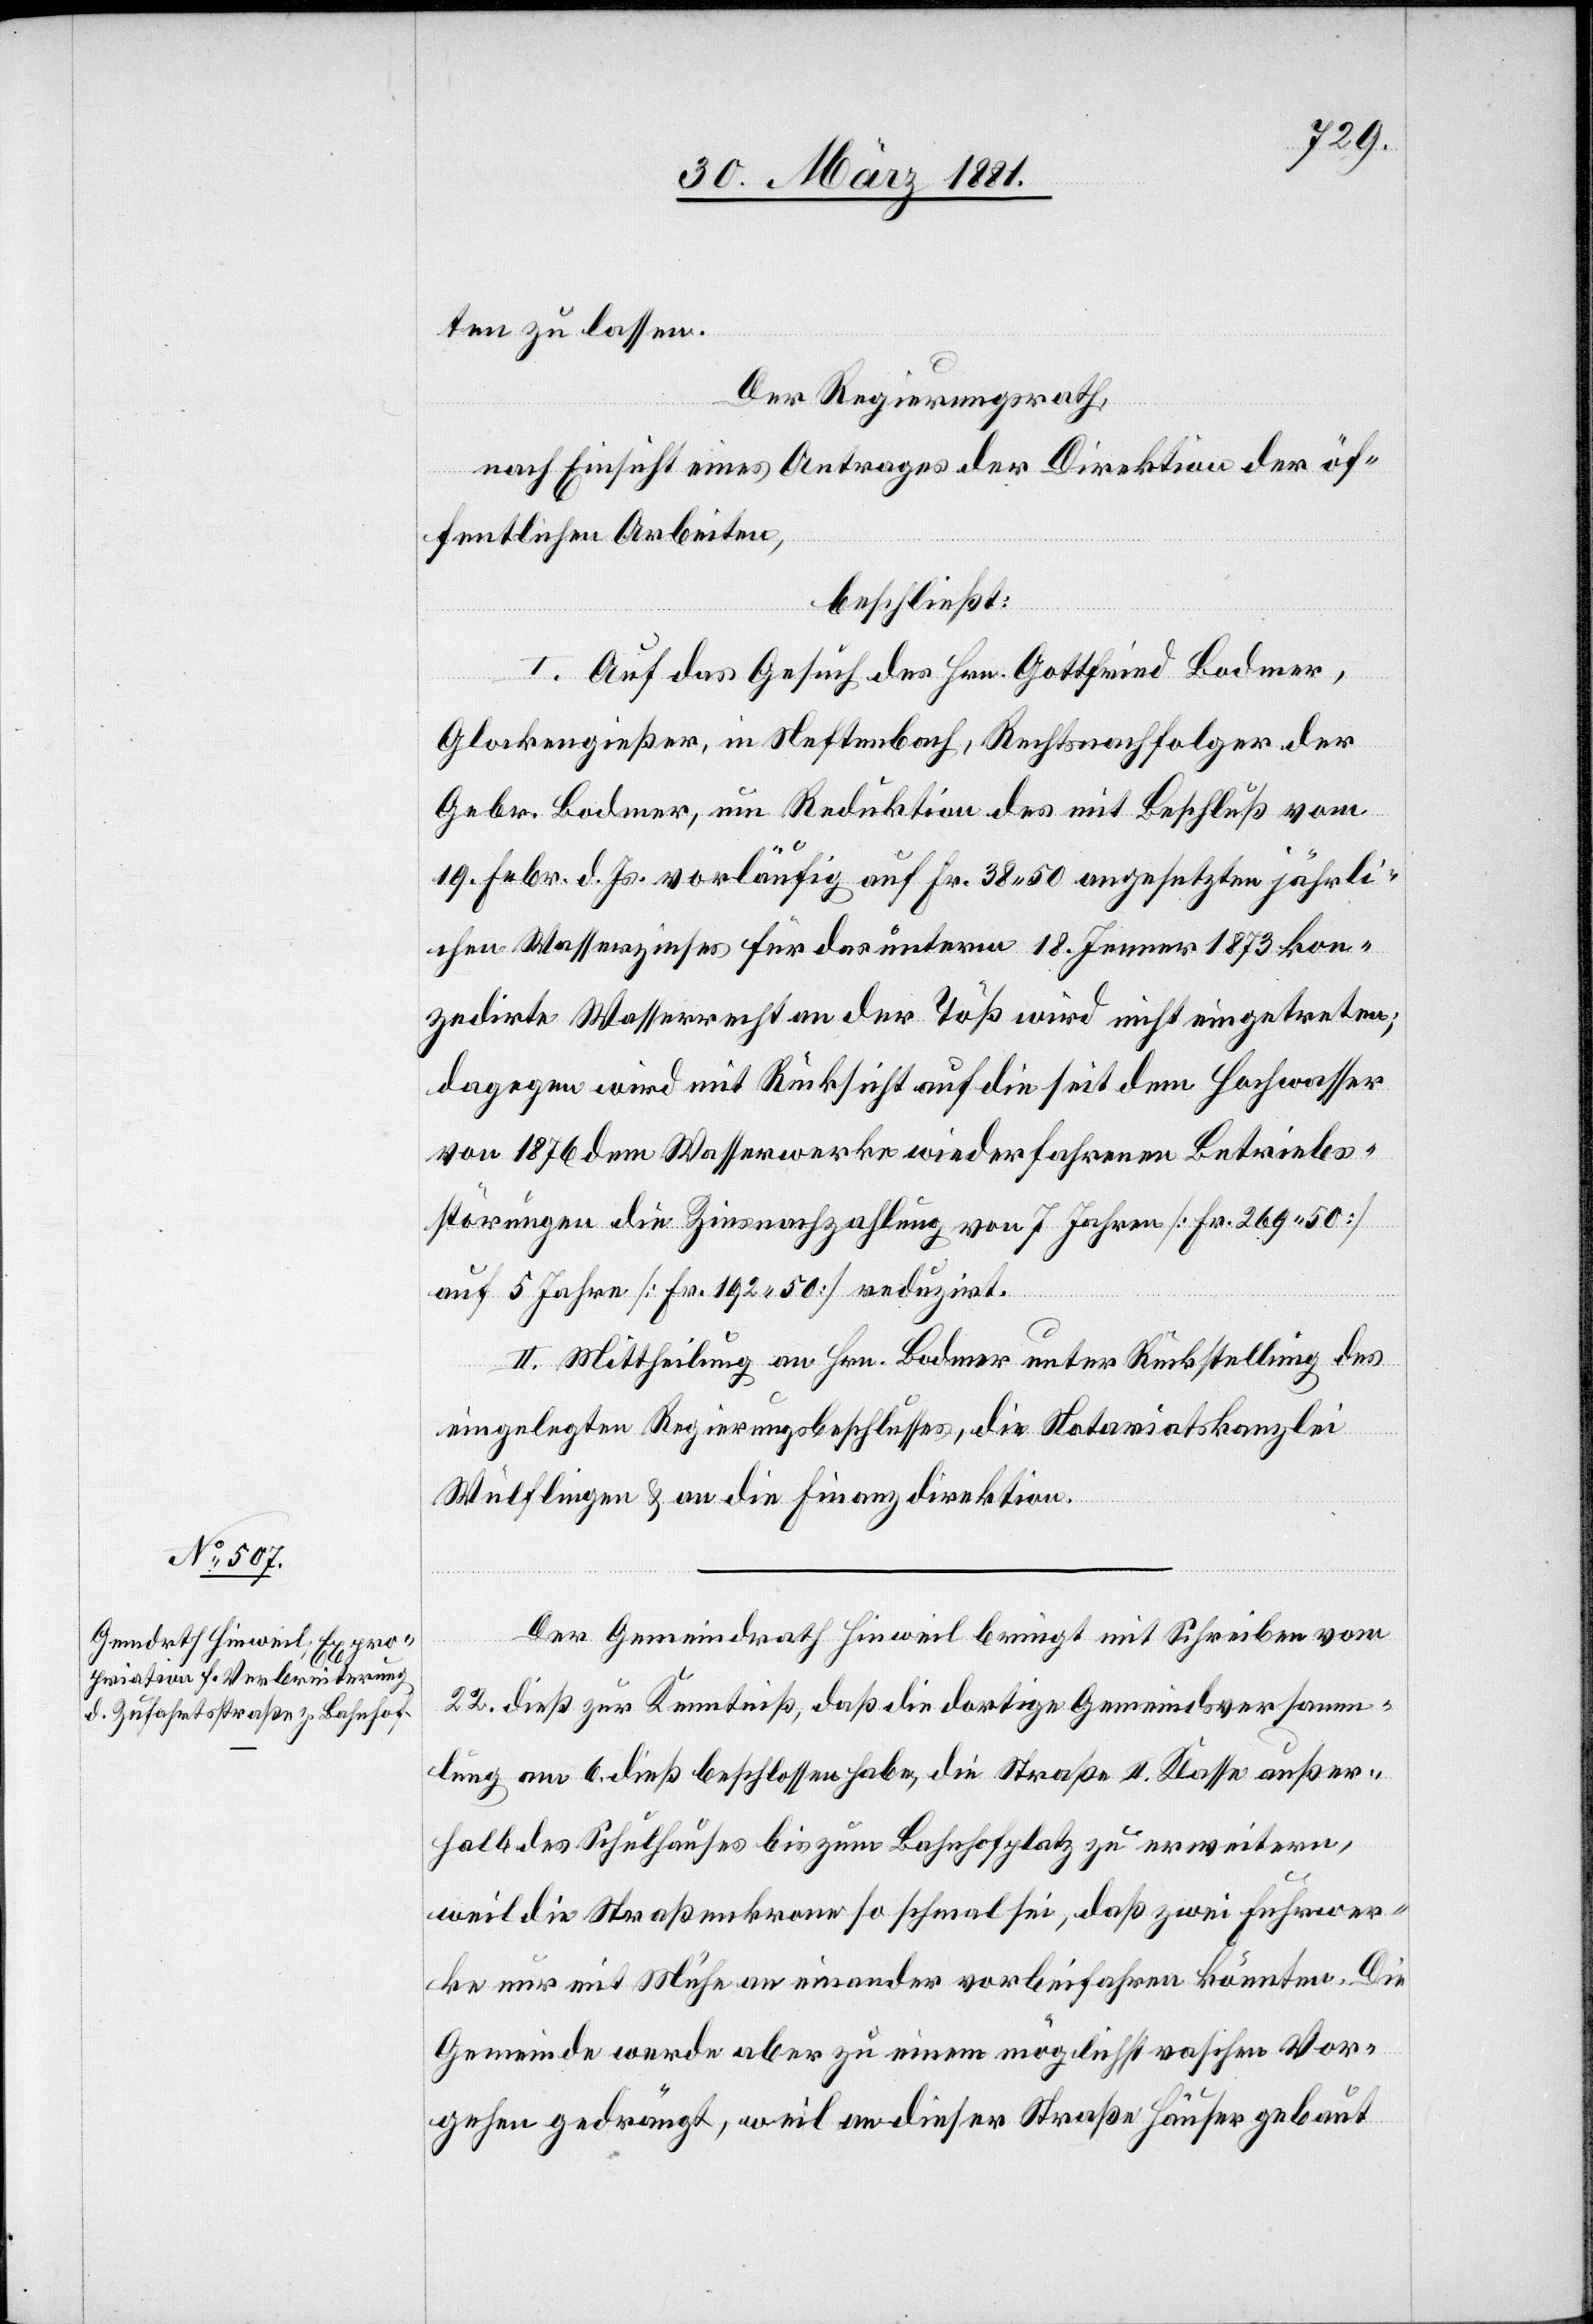
ten zu lassen.
Der Regierungsrath,
nach Einsicht eines Antrages der Direktion der öf¬
fentlichen Arbeiten,
beschließt:
I. Auf das Gesuch des Hrn. Gottfried Bodmer,
Glockengießer, in Neftenbach, Rechtsnachfolger der
Gebr. Bodmer, um Reduktion des mit Beschluß vom
19. Febr. d. Js. vorläufig auf Fr. 38 50 angesetzten jährli¬
chen Wasserzinses für das unterm 18. Jenner 1873 kon¬
zedirte Wasserrecht an der Töß wird nicht eingetreten;
dagegen wird mit Rücksicht auf die seit dem Hochwasser
von 1876 dem Wasserwerke wiederfahrenen Betriebs¬
störungen die Zinsnachzahlung von 7 Jahren [Fr. 269 50]
auf 5 Jahre [Fr. 192 50] reduzirt.
II. Mittheilung an Hrn. Bodmer unter Rückstellung des
eingelegten Regierungsbeschlusses, die Notariatskanzlei
Wülflingen & an die Finanzdirektion.
Der Gemeindrath Hinweil bringt mit Schreiben vom
22. dieß zur Kenntniß, daß die dortige Gemeindeversamm¬
lung am 6. dieß beschlossen habe, die Straße II. Klasse außer¬
halb des Schulhauses bis zum Bahnhofplatz zu erweitern,
weil die Straßenkrone so schmal sei, daß zwei Fuhrwer¬
ke nur mit Mühe an einander vorbeifahren könnten. Die
Gemeinde werde aber zu einem möglichst raschen Vor¬
gehen gedrängt, weil an dieser Straße Häuser gebaut